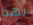
بهذا